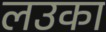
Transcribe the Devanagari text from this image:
लउका